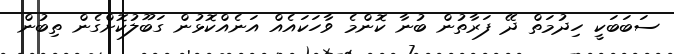
ސަބަބަކީ ހިދުމަތް ދޭ ފަރާތުން ބުނާ ކޮންމެ ވާހަކައެއް އަނެއްކޮޅުން ގަބޫލުކޮށްގެން ތިބުން